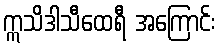
ဣသိဒါသီထေရီ အကြောင်း